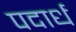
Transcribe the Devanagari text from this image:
पदार्ध